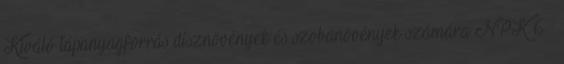
Kiváló tápanyagforrás dísznövények és szobanövények számára NPK 6 :